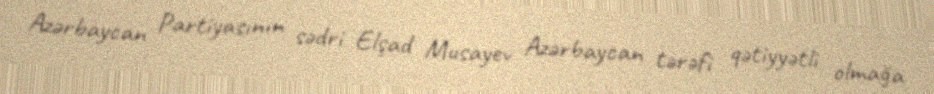
Azərbaycan Partiyasının sədri Elşad Musayev Azərbaycan tərəfi qətiyyətli olmağa